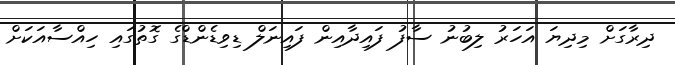
ދިރާގަށް މިދިޔަ އަހަރު ލިބުނު ސާފު ފައިދާއިން ފައިނަލް ޑިވިޑެންޑްގެ ގޮތުގައި ހިއްސާއަކަށް